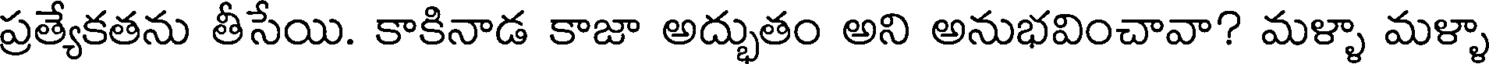
ప్రత్యేకతను తీసేయి. కాకినాడ కాజా అద్భుతం అని అనుభవించావా? మళ్ళా మళ్ళా